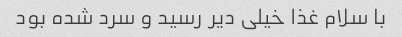
با سلام غذا خیلی دیر رسید و سرد شده بود